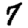
Digit: 7